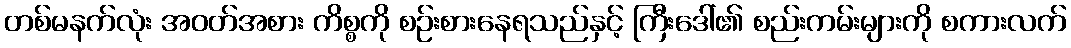
တစ်မနက်လုံး အဝတ်အစား ကိစ္စကို စဉ်းစားနေရသည်နှင့် ကြီးဒေါ်၏ စည်းကမ်းများကို စကားလက်